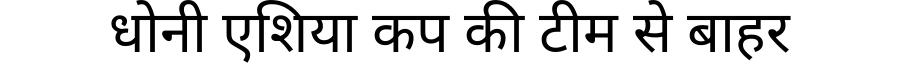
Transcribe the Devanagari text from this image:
धोनी एशिया कप की टीम से बाहर